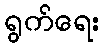
ရွက်ရေး